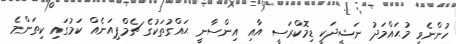
ހުންނެވި މުޙައްމަދު ނަޝީދަކީ ޑިމޮކްރަސީ އާއި އިންސާނީ ޙައްގުތަކުގެ ޗެމްޕިއަނެއް ކަމުގައި ކިތަންމެ